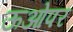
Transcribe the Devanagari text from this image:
ऊओपर